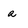
Character: a